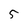
Character: 5